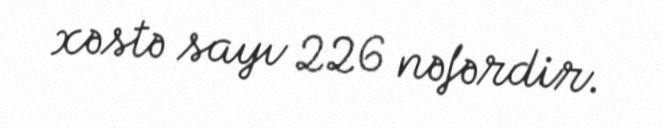
xəstə sayı 226 nəfərdir.